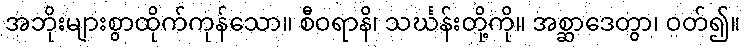
အဘိုးများစွာထိုက်ကုန်သော။ စီဝရာနိ၊ သင်္ဃန်းတို့ကို။ အစ္ဆာဒေတွာ၊ ဝတ်၍။